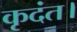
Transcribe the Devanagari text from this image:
कृदंत।